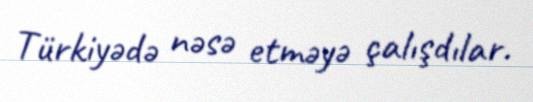
Türkiyədə nəsə etməyə çalışdılar.